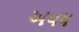
અવધ